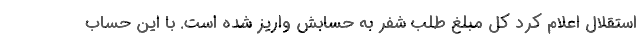
استقلال اعلام کرد کل مبلغ طلب شفر به حسابش واریز شده است. با این حساب